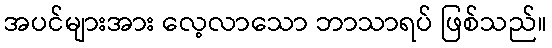
အပင်များအား လေ့လာသော ဘာသာရပ် ဖြစ်သည်။